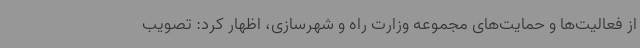
از فعالیت‌ها و حمایت‌های مجموعه وزارت راه و شهرسازی، اظهار کرد: تصویب